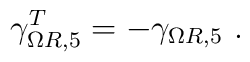
\gamma_{\Omega R,5}^T=-\gamma_{\Omega R,5}~.